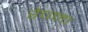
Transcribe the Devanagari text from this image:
रेचना